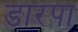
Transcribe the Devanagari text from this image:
डारपा